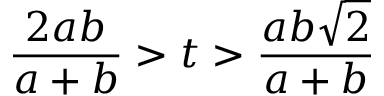
{ \frac { 2 a b } { a + b } } > t > { \frac { a b { \sqrt { 2 } } } { a + b } }